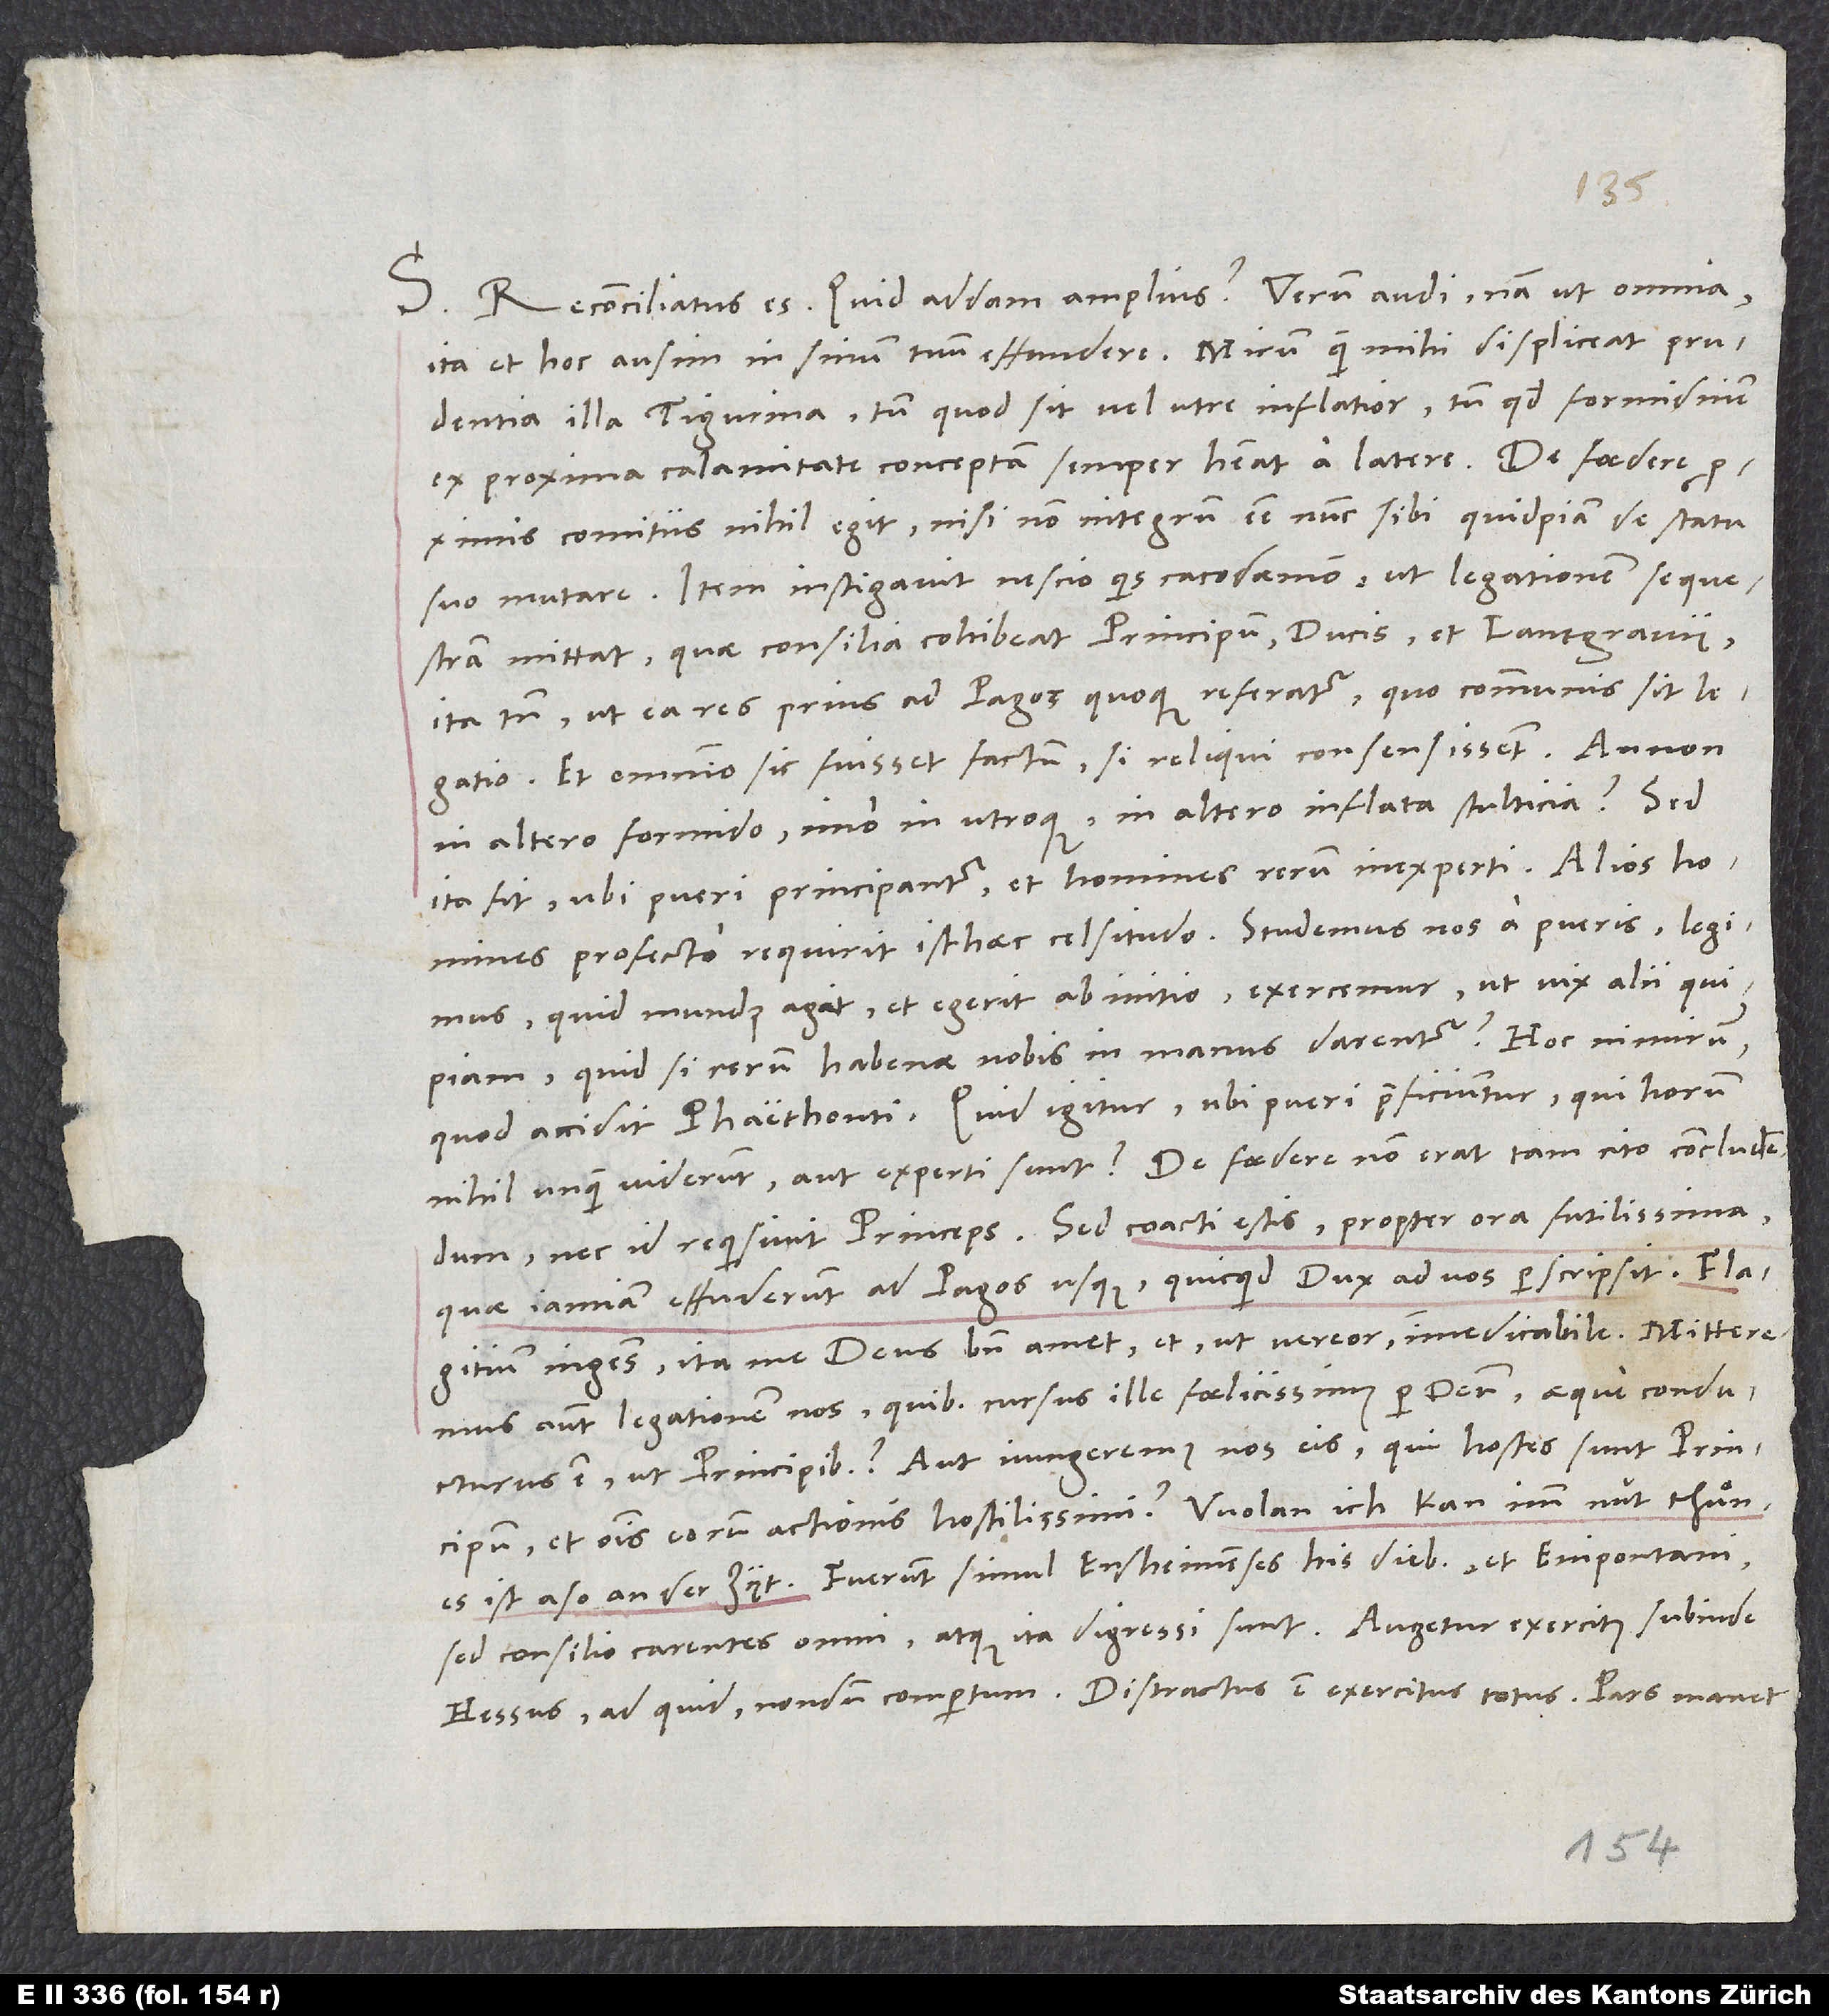
S. Reconciliatus es. Quid addam amplius? Verum audi. Nam ut omnia,
ita et hoc ausim in sinum tuum effundere: Mirum, quam mihi displiceat prudentia
illa Tigurina, tum quod sit vel utre inflatior, tum quod formidinem
ex proxima calamitate conceptam semper habeat a latere. De foedere
comitiis nihil egit nisi non integrum esse nunc sibi quidpiam de statu
suo mutare. Item instigavit nescio quis cacodaemon, ut legationem sequestram
mittat, quae consilia cohibeat principum, ducis et lantgravii,
ita tamen, ut ea res prius ad Pagos quoque referatur, quo communis sit legatio.
Et omnino sic fuisset factum, si reliqui consensissent. An non
in altero formido, imo in utroque, in altero inflata stulticia? Sed
ita sit, ubi pueri principantur et homines rerum inexperti. Alios homines
profecto requirit isthaec celsitudo. Studemus nos a pueris, legimus,
quid mundus agat et egerit ab initio, exercemur, ut vix alii quipiam.
Quid, si rerum habenae nobis in manus darentur? Hoc nimirum,
quod accidit Phaethonti. Quid igitur, ubi pueri praeficiuntur, qui horum
nihil unquam viderunt aut experti sunt? De foedere non erat tam cito concludendum,
nec id requisivit princeps. Sed coacti estis propter ora futilissima,
quae iamiam effuderunt ad Pagos usque, quicquid dux ad vos perscripsit. Flagitium
ingens, ita me deus bene amet, et, ut vereor, immedicabile. Mitteremus
autem legationem nos, quibus cursus ille foelicissimus per deum aeque conducturus
est ut principibus? Aut iungeremus nos eis, qui hostes sunt principum
et omnis eorum actionis hostilissimi? Wolan, ich kan imm nüt thun;
sed consilio carentes, omni, atque ita digressi sunt. Augetur exercitus subinde
Hessus - ad quid nondum compertum. Distractus est exercitus totus. Pars manet